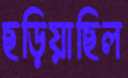
ছড়িয়াছিল